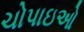
ચોપાઇઓ